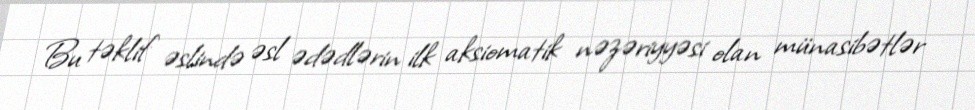
Bu təklif əslində əsl ədədlərin ilk aksiomatik nəzəriyyəsi olan münasibətlər